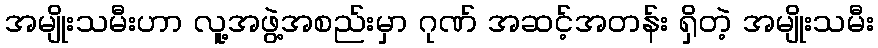
အမျိုးသမီးဟာ လူ့အဖွဲ့အစည်းမှာ ဂုဏ် အဆင့်အတန်း ရှိတဲ့ အမျိုးသမီး